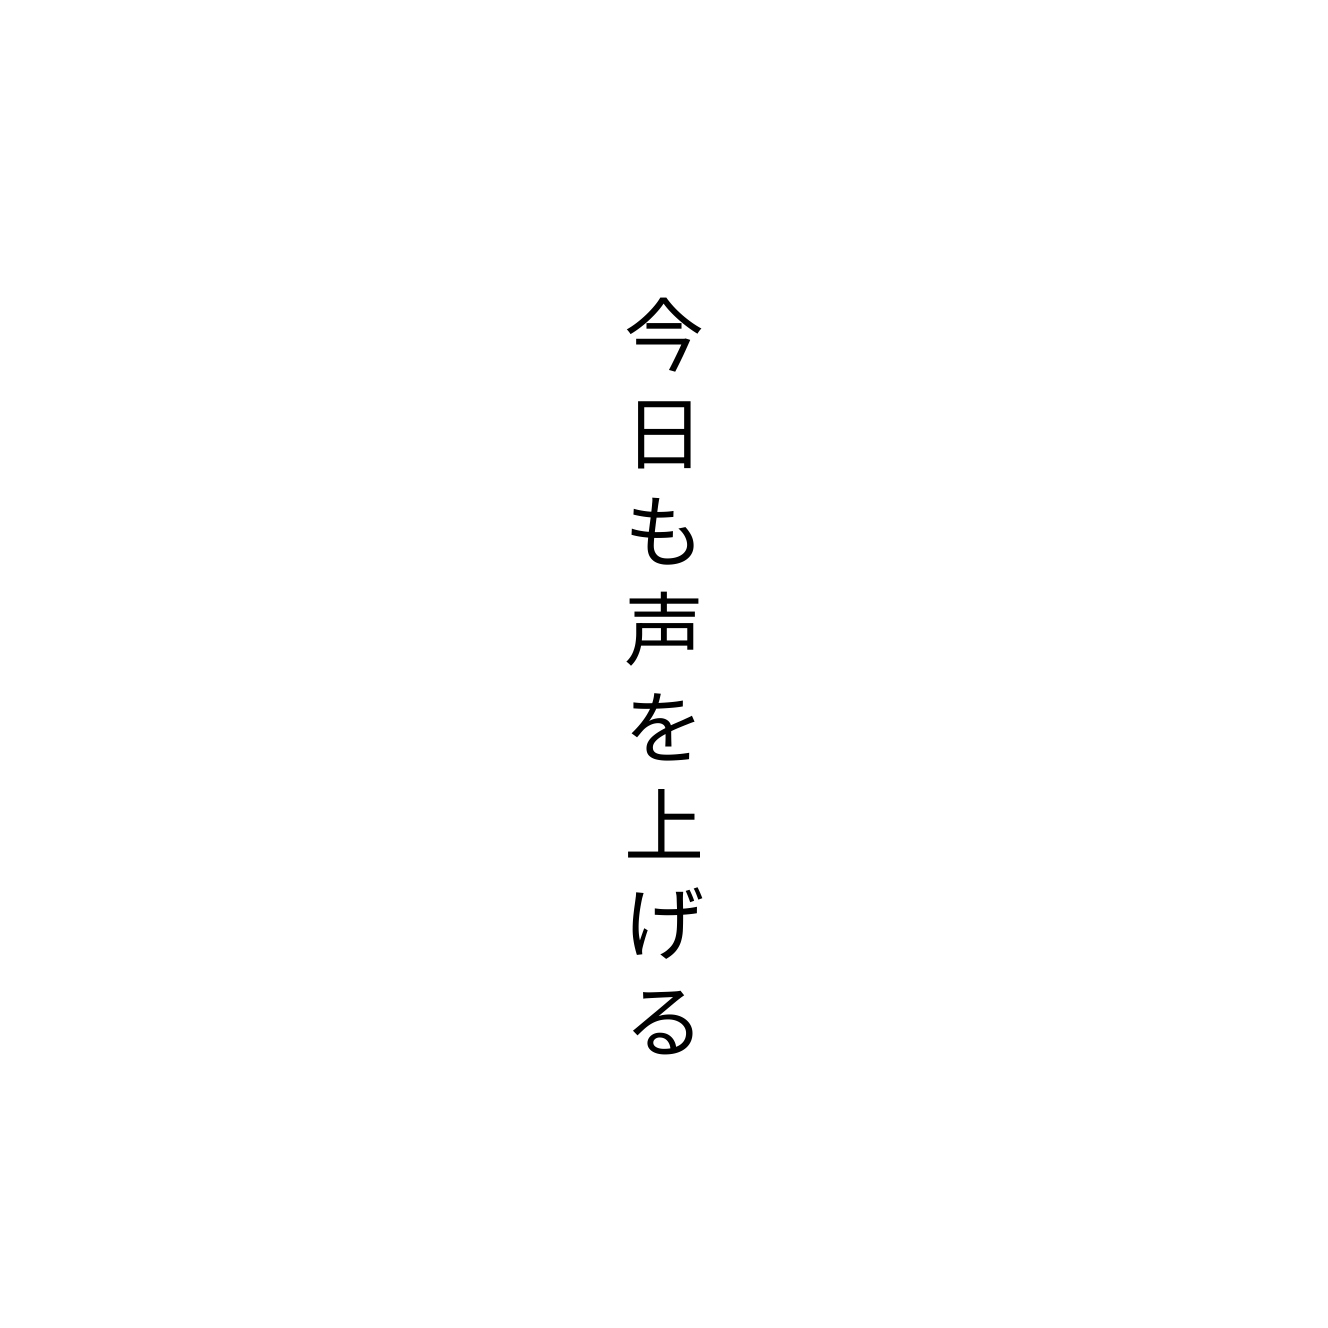
今日も声を上げる